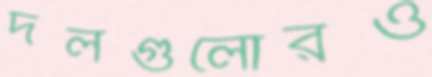
দলগুলোরও